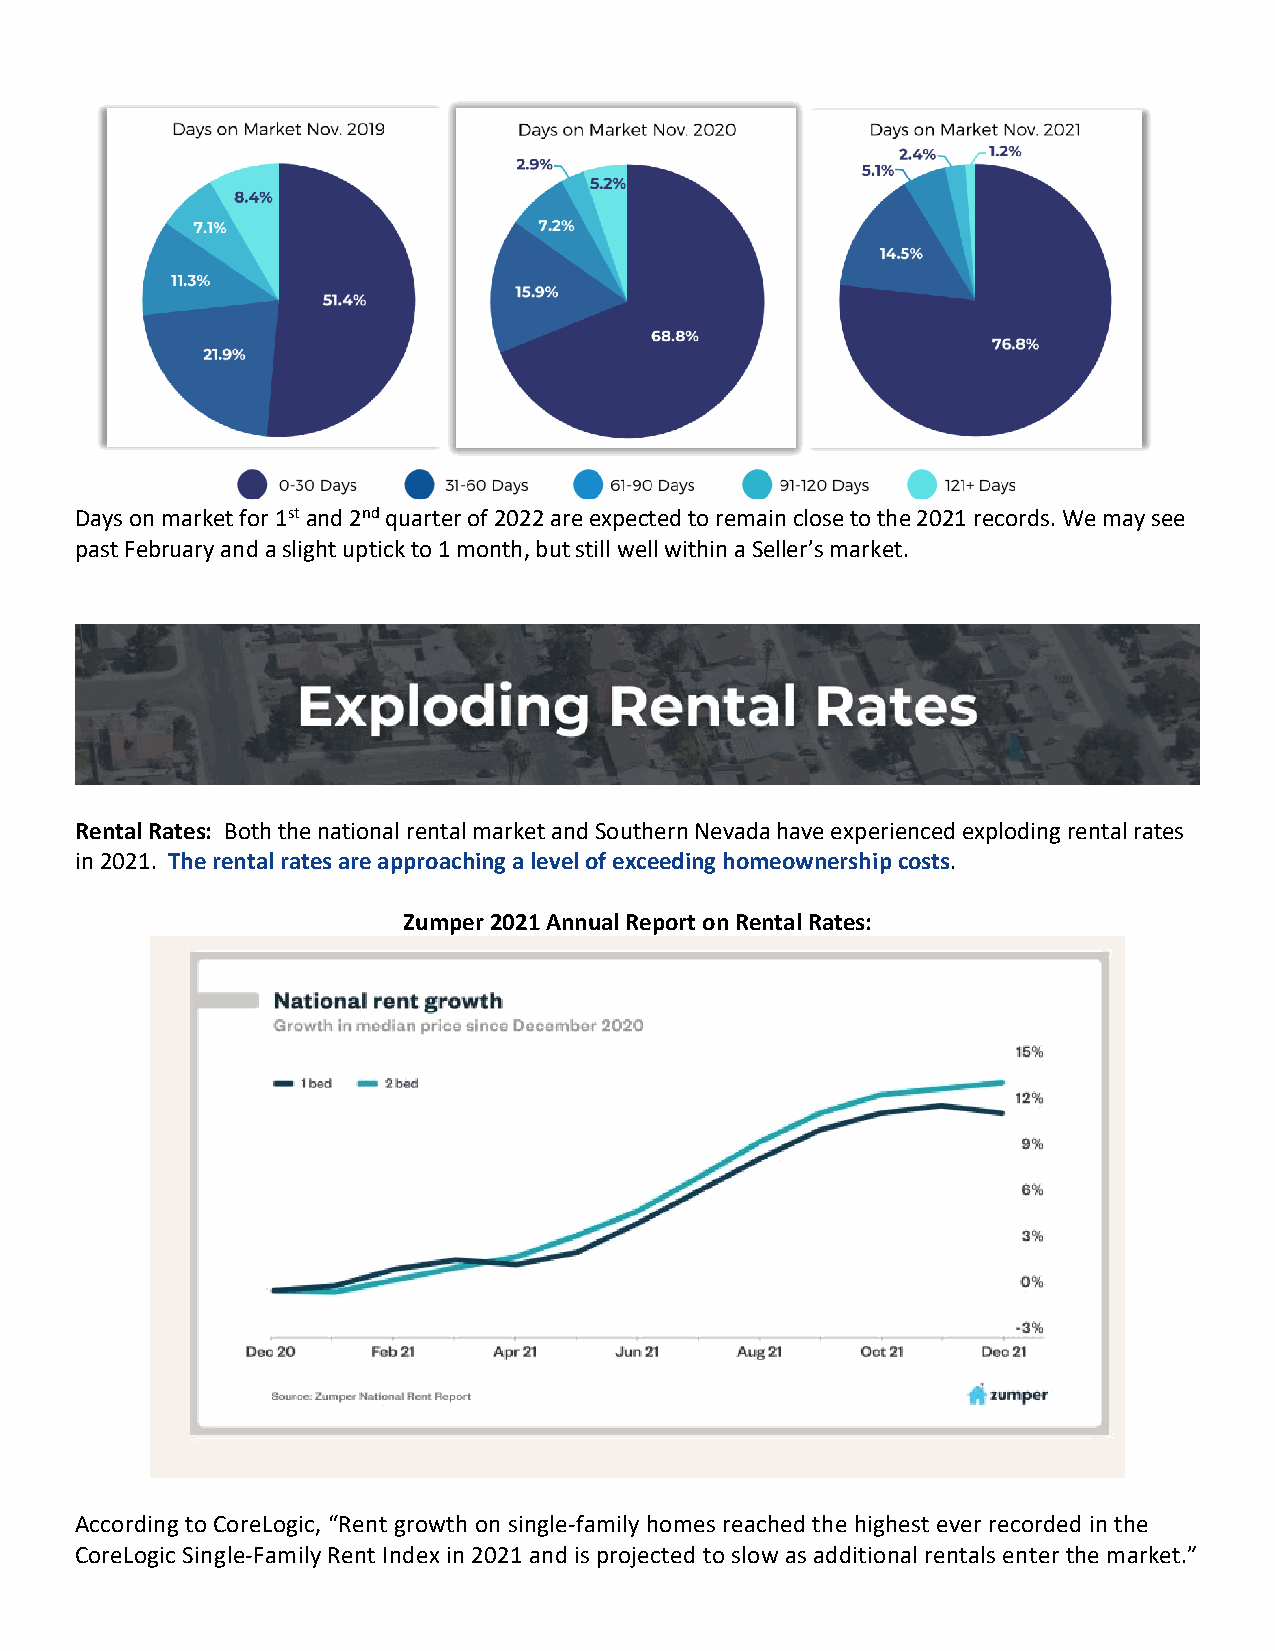
Days on market for 1st and 2nd quarter of 2022 are expected to remain close to the 2021 records. We may see
 past February and a slight uptick to 1 month, but still well within a Seller’s market.
 Rental Rates: Both the national rental market and Southern Nevada have experienced exploding rental rates
 in 2021. The rental rates are approaching a level of exceeding homeownership costs.
 Zumper 2021 Annual Report on Rental Rates:
 According to CoreLogic, “Rent growth on single-family homes reached the highest ever recorded in the
 CoreLogic Single-Family Rent Index in 2021 and is projected to slow as additional rentals enter the market.”